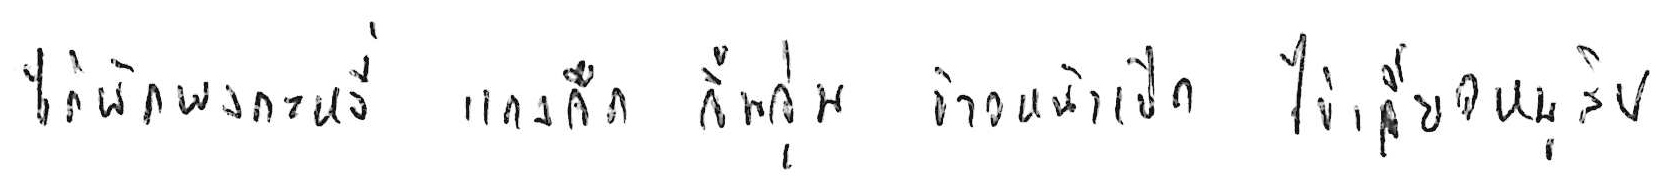
ไก่ผัดผงกะหรี่ แกงจืด จิ้มจุ่ม ข้าวหน้าเป็ด ไข่เจียวหมูสับ